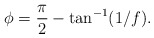
\begin{align*}{\cal \phi} = \frac{\pi}{2} - \tan^{-1}(1/f).\end{align*}